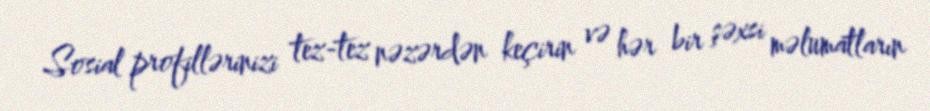
Sosial profillərinizi tez-tez nəzərdən keçirin və hər bir şəxsi məlumatların